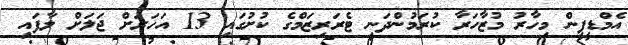
އެމްޑީޕީން މިހާރު މުޒާހަރާ ކުރަމުންދަނީ ޓެރަރިޒަމްގެ ކުށުގައި 13 އަހަރަށް ޖަލަށް ލާފައި